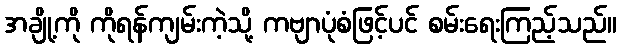
အချို့ကို ကိုရန်ကျမ်းကဲ့သို့ ကဗျာပုံစံဖြင့်ပင် စမ်းရေးကြည့်သည်။